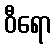
ဝီရော